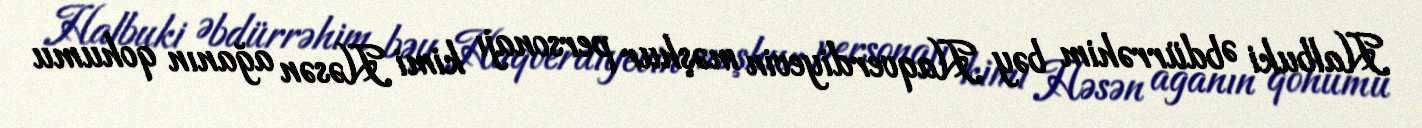
Halbuki Əbdürrəhim bəy Haqverdiyevin məşhur personajı kimi Həsən ağanın qohumu